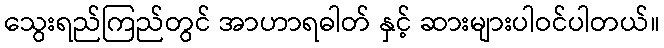
သွေးရည်ကြည်တွင် အာဟာရဓါတ် နှင့် ဆားများပါဝင်ပါတယ်။